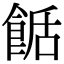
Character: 𩛶